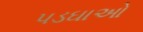
પડઘાઓ